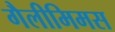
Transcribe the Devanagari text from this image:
गैलीमिमस